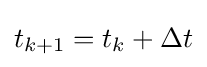
t_{k+1}=t_{k}+\Delta t